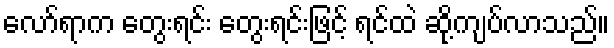
လော်ရာက တွေးရင်း တွေးရင်းဖြင့် ရင်ထဲ ဆို့ကျပ်လာသည်။